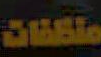
ملكنات